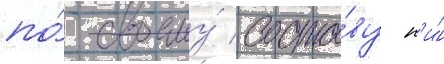
по́ своему́ соста́ву н'и́